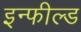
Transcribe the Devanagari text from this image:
इन्फील्ड